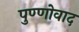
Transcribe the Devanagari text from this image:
पुण्णोवाद